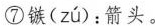
⑦镞( zú )：箭头。